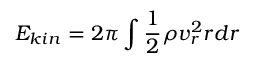
E _ { k i n } = 2 \pi \int \frac { 1 } { 2 } \rho v _ { r } ^ { 2 } r d r